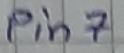
Text: Pin7